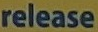
release